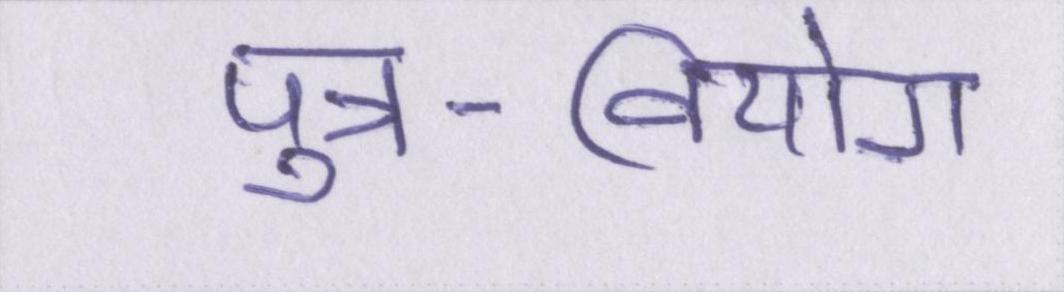
पुत्र-वियोग